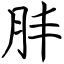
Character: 肨